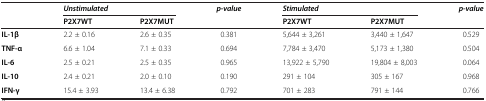
<table><thead><tr><td><b> </b></td><td colspan="2"><b><i>Unstimulated</i></b></td><td><b><i>p-value</i></b></td><td colspan="2"><b><i>Stimulated</i></b></td><td><b><i>p-value</i></b></td></tr><tr><td><b> </b></td><td><b>P2X7WT</b></td><td><b>P2X7MUT</b></td><td><b> </b></td><td><b>P2X7WT</b></td><td><b>P2X7MUT</b></td><td><b> </b></td></tr></thead><tbody><tr><td><b>IL-1β</b></td><td>2.2 ± 0.16</td><td>2.6 ± 0.35</td><td>0.381</td><td>5,644 ± 3,261</td><td>3,440 ± 1,647</td><td>0.529</td></tr><tr><td><b>TNF-α</b></td><td>6.6 ± 1.04</td><td>7.1 ± 0.33</td><td>0.694</td><td>7,784 ± 3,470</td><td>5,173 ± 1,380</td><td>0.504</td></tr><tr><td><b>IL-6</b></td><td>2.5 ± 0.21</td><td>2.5 ± 0.35</td><td>0.965</td><td>13,922 ± 5,790</td><td>19,804 ± 8,003</td><td>0.064</td></tr><tr><td><b>IL-10</b></td><td>2.4 ± 0.21</td><td>2.0 ± 0.10</td><td>0.190</td><td>291 ± 104</td><td>305 ± 167</td><td>0.968</td></tr><tr><td><b>IFN-γ</b></td><td>15.4 ± 3.93</td><td>13.4 ± 6.38</td><td>0.792</td><td>701 ± 283</td><td>791 ± 144</td><td>0.766</td></tr></tbody></table>